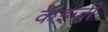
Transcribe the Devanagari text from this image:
केइजी